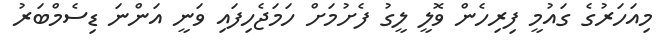
މިއަހަރުގެ ގައުމީ ފިރިހެން ވޮލީ ލީގު ފެށުމަށް ހަމަޖެހިފައި ވަނީ އަންނަ ޑިސެމްބަރު